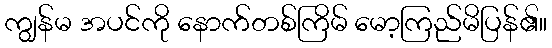
ကျွန်မ အပင်ကို နောက်တစ်ကြိမ် မော့ကြည်မိပြန်၏။